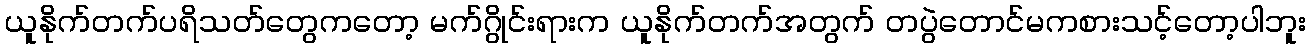
ယူနိုက်တက်ပရိသတ်တွေကတော့ မက်ဂွိုင်းရားက ယူနိုက်တက်အတွက် တပွဲတောင်မကစားသင့်တော့ပါဘူး